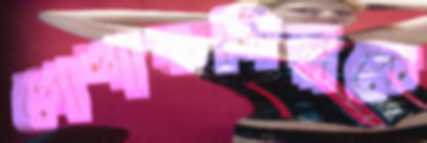
পোশাকশিল্পকে